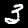
Digit: 3